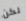
لكن